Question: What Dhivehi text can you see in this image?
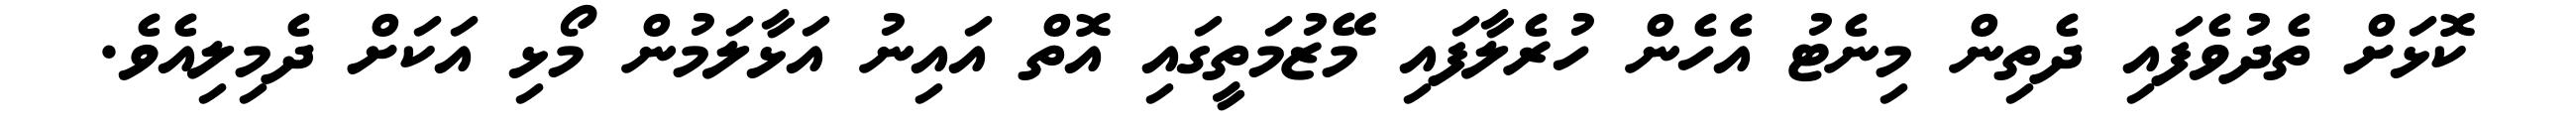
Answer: ކޮޅަށް ތެދުވެފައި ދެތިން މިނެޓު އެހެން ހުރެލާފައި މޭޒުމަތީގައި އޮތް އައިނު އަޅާލަމުން މޯޅި އަކަށް ދެމިލިއެވެ.